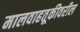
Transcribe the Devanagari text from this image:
मालवाहतूकीवरील